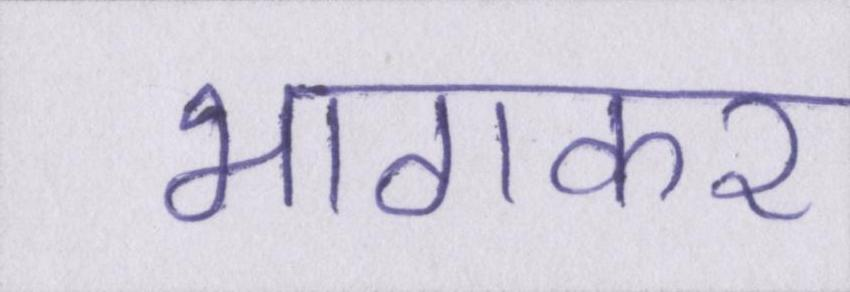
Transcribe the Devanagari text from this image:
भागकर